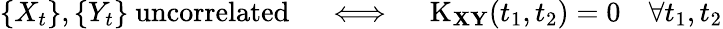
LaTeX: \left\{ X_{t}\right\} ,\left\{ Y_{t}\right\} {\mathrm{~uncorrelated}}\quad\iff\quad\operatorname{K}_{\mathbf{X}\mathbf{Y}}(t_{1},t_{2})=0\quad\forall t_{1},t_{2}